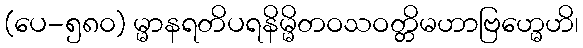
(ပေ-၅၈၀) မ္မာနရတိပရနိမ္မိတဝသဝတ္တိမဟာဗြဟ္မေဟိ၊